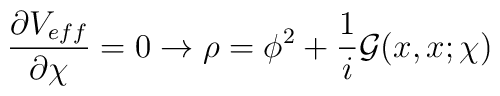
\frac{\partial V_{eff}}{\partial \chi} =0 \rightarrow \rho=\phi^2 + \frac{1}{i}{\mathcal G}(x,x;\chi)